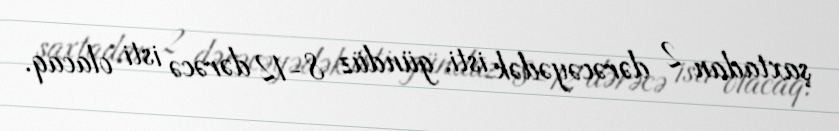
şaxtadan 2 dərəcəyədək isti, gündüz 8-12 dərəcə isti olacaq.